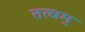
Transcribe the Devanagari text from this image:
तत्वम्